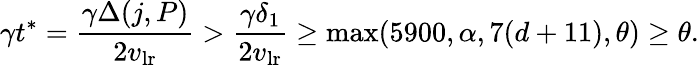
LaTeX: \gamma t^{*}=\frac{\gamma\Delta(j,P)}{2v_{\mathrm{lr}}}>\frac{\gamma\delta_{1}}{2v_{\mathrm{lr}}}\geq\operatorname*{max}(5900,\alpha,7(d+11),\theta)\geq\theta.